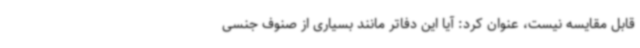
قابل مقایسه نیست، عنوان کرد: آیا این دفاتر مانند بسیاری از صنوف جنسی